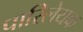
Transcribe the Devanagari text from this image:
पारिलेयक